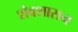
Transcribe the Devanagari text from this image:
शैवशासन